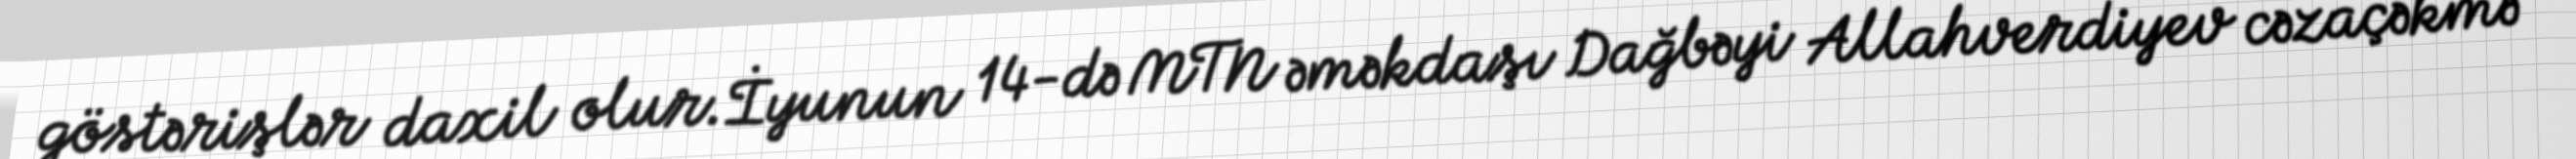
göstərişlər daxil olur.İyunun 14-də MTN əməkdaşı Dağbəyi Allahverdiyev cəzaçəkmə